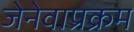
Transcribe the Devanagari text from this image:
जेनेवाप्रक्रम